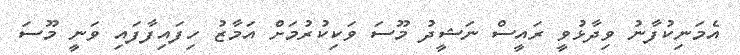
އެމަނިކުފާނު ވިދާޅުވީ ރައީސް ނަޝީދު މޫސަ ވަކިކުރުމަށް އަމާޒު ހިފައިފާފައި ވަނީ މޫސަ